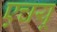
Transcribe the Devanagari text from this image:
एचयू